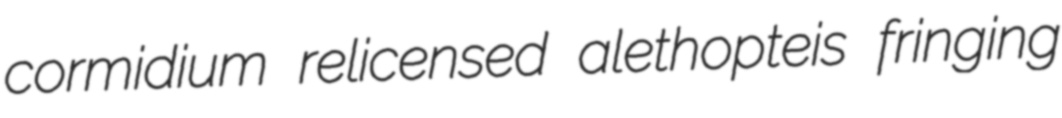
cormidium relicensed alethopteis fringing